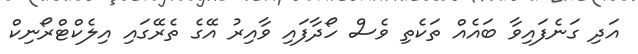
އަދި ގަނެފައިވާ ބައެއް ތަކެތި ވެސް ހޯދާފައި ވާއިރު އޭގެ ތެރޭގައި އިލެކްޓްރޯނިކް